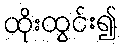
ထိုးထွင်း၍